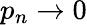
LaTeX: p_{n}\to 0